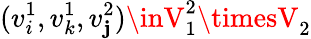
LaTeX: (v_{i}^{1},v_{k}^{1},v_{\mathbf{j}}^{2})\inV_{1}^{2}\timesV_{2}